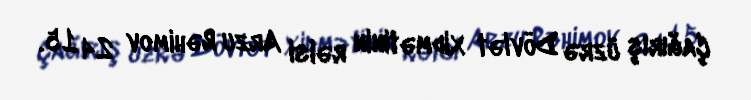
Çağırış üzrə Dövlət Xidmətinin rəisi Arzu Rəhimov 24 15.